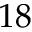
1 8